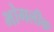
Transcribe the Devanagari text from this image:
भोगलीक